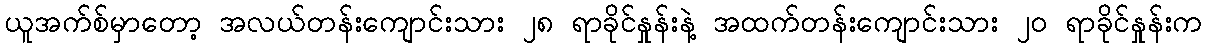
ယူအက်စ်မှာတော့ အလယ်တန်းကျောင်းသား ၂၈ ရာခိုင်နှုန်းနဲ့ အထက်တန်းကျောင်းသား ၂၀ ရာခိုင်နှုန်းက